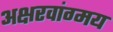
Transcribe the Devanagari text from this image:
अक्षरवांग्मय